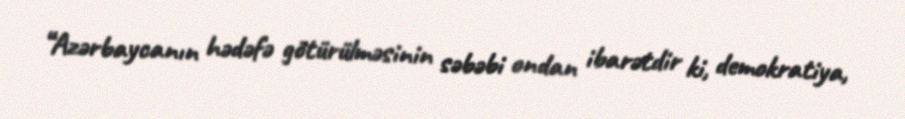
“Azərbaycanın hədəfə götürülməsinin səbəbi ondan ibarətdir ki, demokratiya,